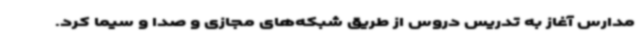
مدارس آغاز به تدریس دروس از طریق شبکه‌های مجازی و صدا و سیما کرد.